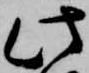
此